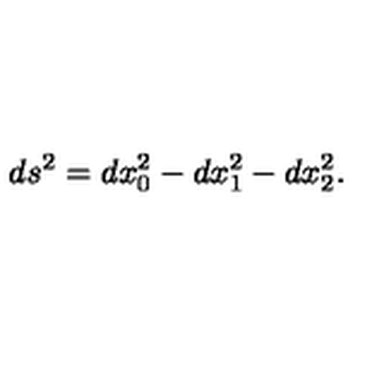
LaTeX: d s ^ { 2 } = d x _ { 0 } ^ { 2 } - d x _ { 1 } ^ { 2 } - d x _ { 2 } ^ { 2 } .